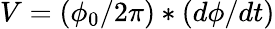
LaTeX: V=(\phi_{0}/2\pi)*(d\phi/dt)